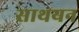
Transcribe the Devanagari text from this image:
साथयन